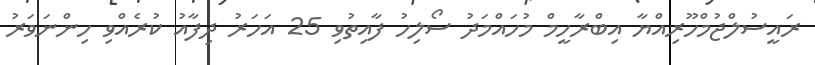
ރައީސުލްޖުމްހޫރިއްޔާ އިބްރާހީމް މުހައްމަދު ސޯލިހު ފާއިތުވި 25 އަހަރު ދިފާއު ކުރެއްވި ހިންނަވަރު